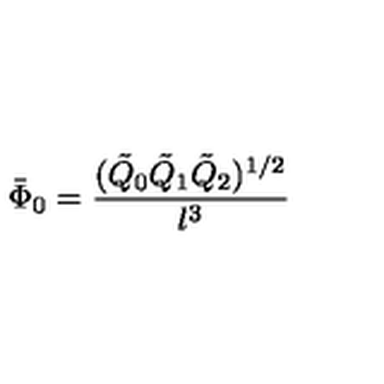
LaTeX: \bar { \Phi } _ { 0 } = \frac { ( \tilde { Q } _ { 0 } \tilde { Q } _ { 1 } \tilde { Q } _ { 2 } ) ^ { 1 / 2 } } { l ^ { 3 } }